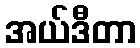
အယ်ဒီတာ